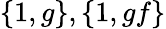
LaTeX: \{ 1,g\} ,\{ 1,gf\}